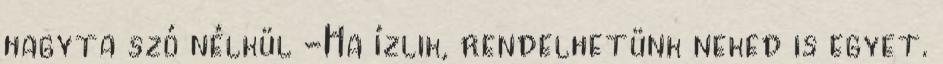
hagyta szó nélkül -Ha ízlik, rendelhetünk neked is egyet.